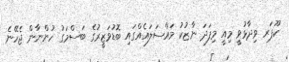
ކޫޕަރ ވިދާޅުވީ މިއީ މިފަދަ ނާޒުކު މައްސަލައެއްގައި ބޮޑުވަޒީރުގެ ބަސްމަގު ހުންނާން ޖެހޭނެ